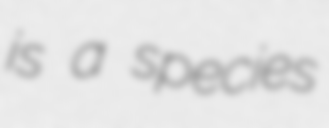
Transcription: is a species